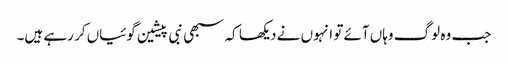
جب وہ لوگ وہاں آئے تو انہوں نے دیکھا کہ سبھی نبی پیشین گوئیاں کر رہے ہیں۔